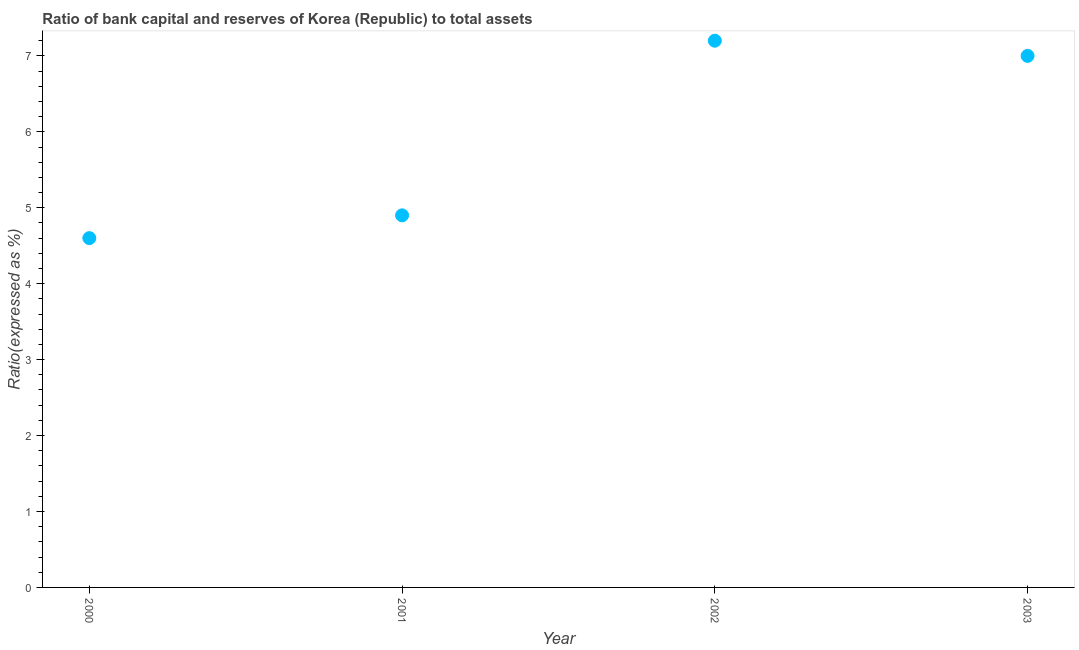
| Year | Bank capital to assets ratio |
 | --- | --- |
 | 2000 | 4.6 |
 | 2001 | 4.9 |
 | 2002 | 7.2 |
 | 2003 | 7 |